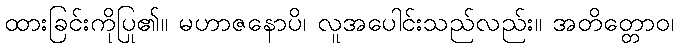
ထားခြင်းကိုပြု၏။ မဟာဇနောပိ၊ လူအပေါင်းသည်လည်း။ အတိတ္တောဝ၊